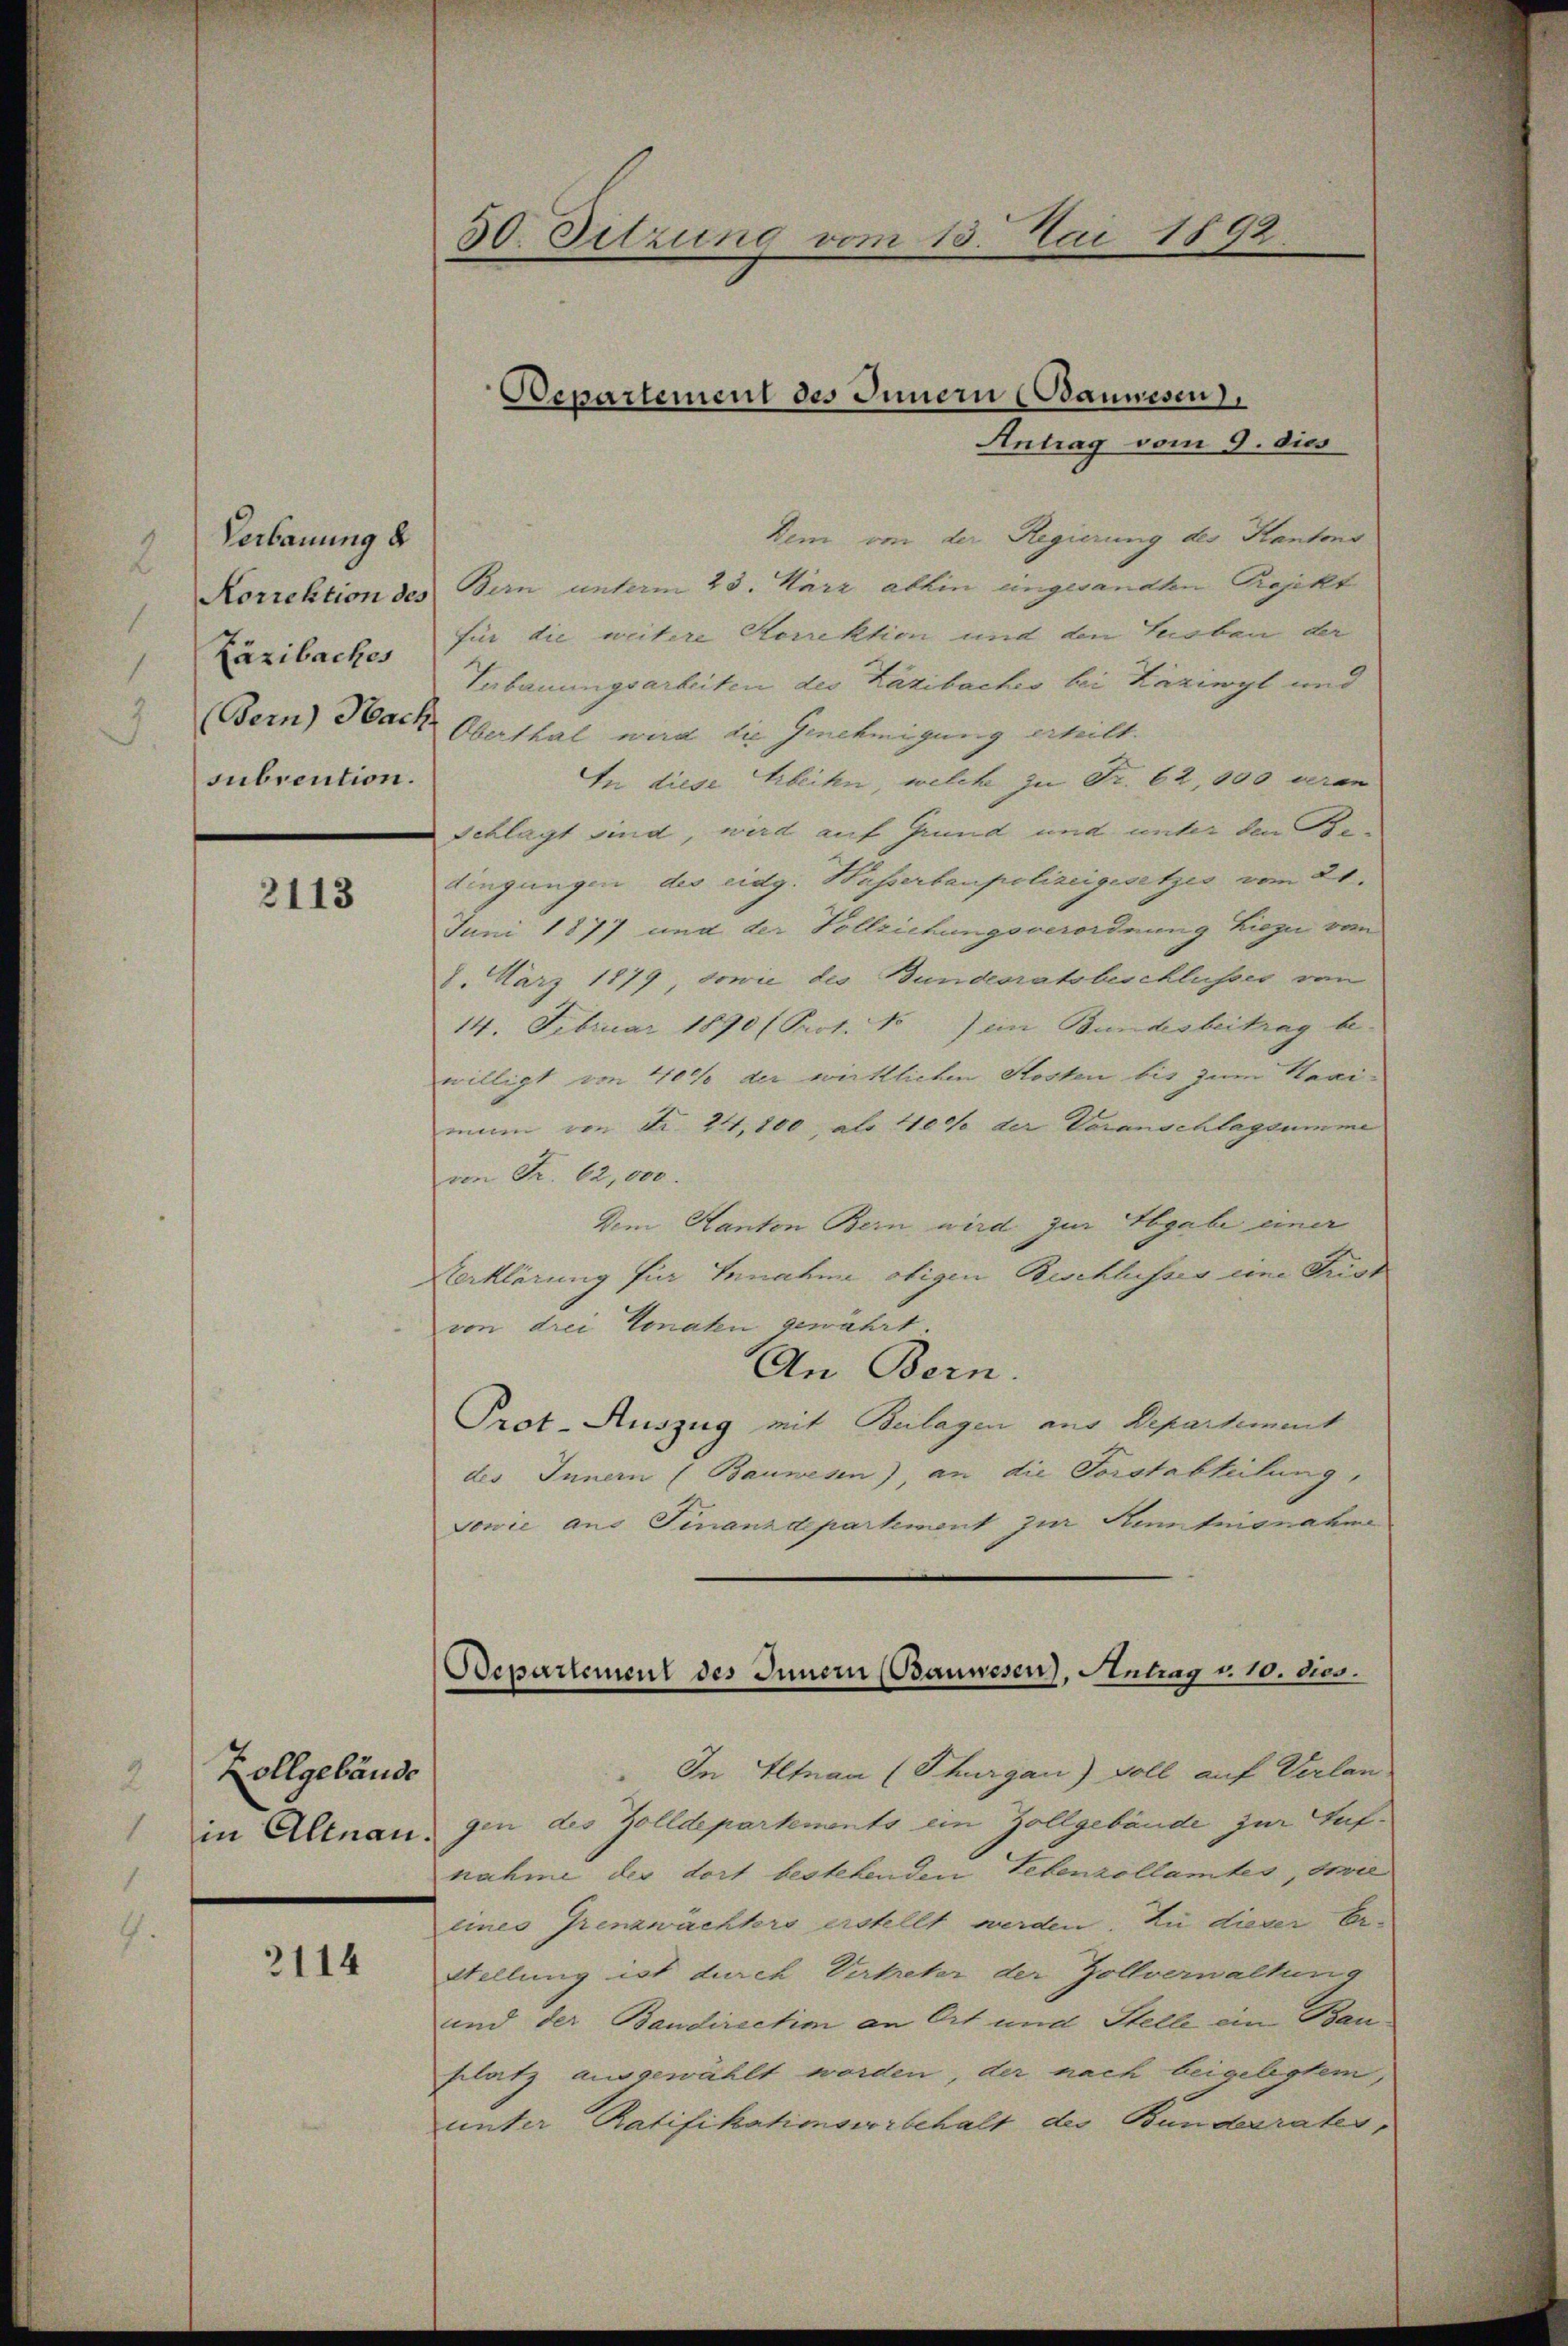
Verbauung d
Kazibaches
subrention.

2113

Zollgebäude
in Altnau.

2114

Antrag vom 9. dies
Dem von der Regierung des Kantons
Korrektion des Bern unterm 23. März abhin eingesandten Projekt
für die weitere Sorrektion und den Leoben der
Verbauungsarbeiten des Kazibaches bei Laziwyl und
(Bern) Nach Oberthal war die Genehmigung erteilt.
In diese Arbeiten, welche zu Fr. 62, 100 veran
Schlägt sind, wird auf Grund und unter den Be
dingungen des eidg. Wasserbaupolizeigesetzes vom 21.
Juni 1877 und der Vollziehungsverordnung hiezu vom
8. März 1879, sowie des Bundesratsbeschlusser von
14. Februar 1890 / Prot. No) ein Bundesbeitrag bewilligt von 40% der wirklichen Kosten bis zum Haaiman von Nr. 24,100, als 100% der Voranschlagsumme
von Fr. 12,000.
Dem Kanton Bern wird zur Abgabe einer
Verklärung für Innahme obigen Beschlusses eine Frist
von drei Monaten gewährt.
An Bern.
Prot. Auszug mit Beilagen aus Departement
des Innern (Bauwesen), an die Forstabteilung,
Sowie aus Finanzdepartement zur Kenntnisnahme
In Altnau (Thurgau) Soll auf Verlan
gen des Zolldepartements ein Zollgebäude zur Aufnahme der dort bestehenden Lebenzollamtes, sowie
eines Grenzwachters erstellt werden. Zu dieser Er¬
Stellung ist durch Vertreter der Zollverwaltung
und der Bandirectim an Ort und Stelle ein Bauplatz ausgewählt worden, der nach beigelegtem,
unter Ratifikationsvorbehalt des Bunderrates,

30. Sitzung vom 15. Mai 1892.

Departement des Innern (Baumesen),

Bdepartement des Innern (Bauwesen), Antrag u. 10. dies.